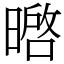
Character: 㬖